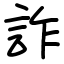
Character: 詐